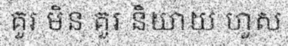
គួរ មិន គួរ និយាយ ហួស